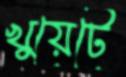
খুয়েটে